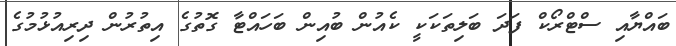
ބައްޔާއި ސްޓްރޯކް ފަދަ ބަލިތަކަކީ ކެއުން ބުއިން ބަހައްޓާ ގޮތުގެ އިތުރުން ދިރިއުޅުމުގެ